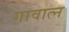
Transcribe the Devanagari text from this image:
गावात्न